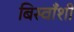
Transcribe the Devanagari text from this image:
बिस्वाँशी